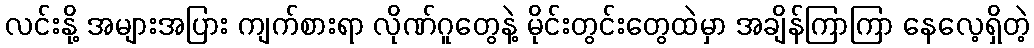
လင်းနို့ အများအပြား ကျက်စားရာ လိုဏ်ဂူတွေနဲ့ မိုင်းတွင်းတွေထဲမှာ အချိန်ကြာကြာ နေလေ့ရှိတဲ့